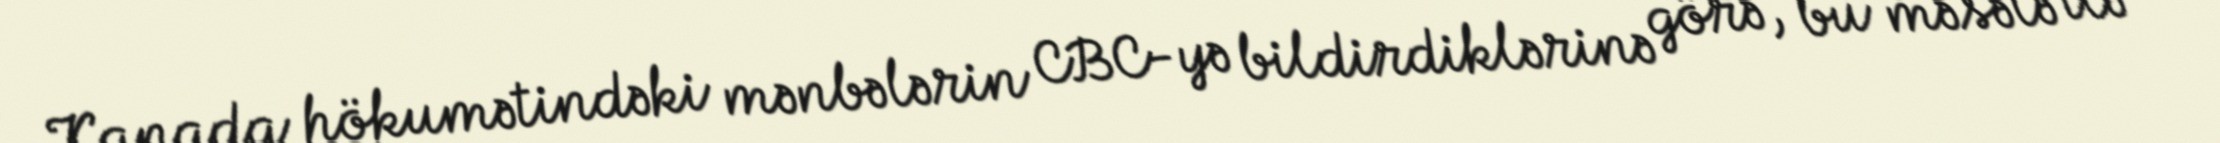
Kanada hökumətindəki mənbələrin CBC-yə bildirdiklərinə görə, bu məsələ ilə